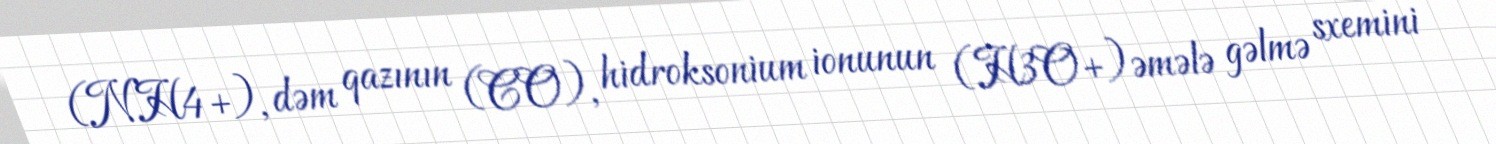
(NH4+), dəm qazının (CO), hidroksonium ionunun (H3O+)əmələ gəlmə sxemini